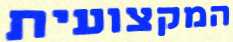
המקצועית